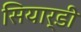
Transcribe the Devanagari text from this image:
सियार्डी